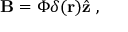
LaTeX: { \bf B } = \Phi \delta ( { \bf r } ) { \hat { { \bf z } } \; , }